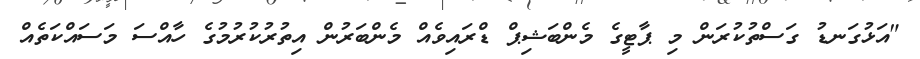
"އަޅުގަނޑު ގަސްތުކުރަން މި ޕާޓީގެ މެންބަޝިޕް ޑްރައިވެއް މެންބަރުން އިތުރުކުރުމުގެ ހާއްސަ މަސައްކަތެއް